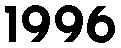
1996